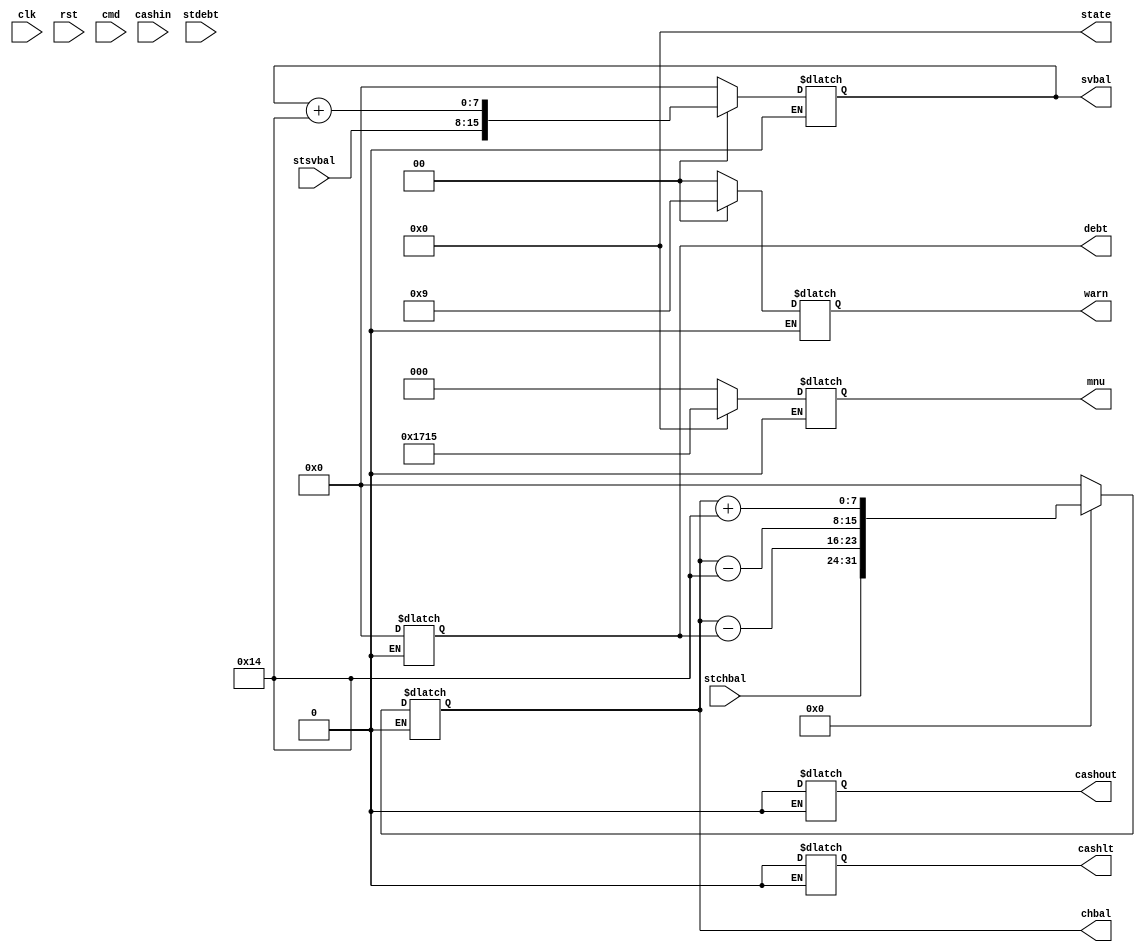
`timescale 1ns / 1ps

module ATMcontroller(clk, rst, cashin, cmd, stchbal, stsvbal,stdebt, state, cashout, cashlt, mnu, chbal, svbal, debt, warn);

input clk,rst,cashin;
input [2:0] cmd;
input [7:0] stchbal;
input [7:0] stsvbal;
input [7:0] stdebt;

output reg[4:0]state= 5'b00000;
output reg cashout;
output reg cashlt;
output reg[2:0]mnu;
output reg[7:0] chbal;
output reg[7:0] svbal;
output reg[7:0] debt;
output reg[1:0] warn;

reg [4:0] next;
reg [1:0] pm;

parameter off = 0; parameter login = 1; parameter ldsd = 2;
parameter main = 3; parameter mm = 4; parameter cm = 5;
parameter sbal=6; parameter pyd = 7; parameter pyd2 = 8;
parameter txs = 9; parameter txs1 = 10; parameter txs2 = 11;
parameter ovr = 12; parameter fl4 = 13; parameter fl3 = 14;
parameter fl2 = 15; parameter fl1 = 16; parameter insf = 17;
parameter cwd = 18; parameter  cwd1 = 19; parameter cwd2 = 20;
parameter cdp = 21; parameter cdp1 = 22; parameter cdp2 = 23;

always @ (posedge clk) begin
    state = next;
end

always @ (state,cmd ) 
    case (state)
        off: begin 
                if (cmd == 3'b111) next = login;
                else next = off;
            end
        login:  begin
                    if (cmd == 3'b100) next = off;
                    else if(cmd == 3'b111) next = ldsd;
                    else next = login;
                end
        ldsd: begin
                next = main;
              end
        main: begin
                if (cmd == 3'b100) next = mm;
                else if (cmd == 3'b101) next = cm; 
                else if( cmd == 3'b111) next = off;
                else next = main;
              end
        mm: begin
                if (cmd == 3'b110) next = pyd;
                else if(cmd == 3'b101) next = txs;
                else if (cmd== 3'b100) next = sbal;
                else next = mm;
             end
         cm: begin
                if (cmd==3'b100) next = sbal;
                else if(cmd==3'b101) next = cdp;
                else if(cmd==3'b110) next=cwd;
                else next = cm;
             end
         sbal: begin
                if (cmd== 3'b111 & pm == 1) next = mm;
                else if(cmd==3'b111 & pm == 2) next = cm;
                else next = sbal;
               end
         pyd: begin
                if (chbal<(debt+20)) next  = insf;
                else if (chbal >= (debt+20)) next  = pyd2;
              end
         pyd2: begin
                next = mm;
               end
         txs: begin
                if (chbal >= 40) next = txs1;
                else if (chbal <40) next = insf;
              end
         txs1: begin
                if ( svbal <= 220 ) next = txs2;
                else if (svbal>220) next = ovr;
               end
         txs2: next = mm;
         ovr: next = fl4;
         fl4: next = fl3;
         fl3: next = fl2;
         fl2: next = fl1;
         fl1: next = sbal;
         insf: next = fl2;
         cwd: begin
                if ( chbal>20) next = cwd1;
                else if( chbal <= 20) next = insf;
              end
         cwd1: next = cwd2;
         cwd2: next = cm;
         cdp: begin
                if (chbal<=220) next = cdp1;
                else if (chbal>220) next = ovr;
              end
         cdp1: begin
                if (cashin) next  = cdp2;
                else if (~cashin) next = cdp1;
               end
         cdp2: next = cm;
       endcase
 always @ (state) 
    case (state)
        off: begin
                state = 5'b00000; 
                cashout = 0;
                mnu = 0;
                chbal = 0;
                svbal = 0;
                debt = 0;
                warn = 0;
                cashlt=0;
             end
        login:  mnu = 1;
        ldsd: begin
                chbal = stchbal;
                svbal = stsvbal;
                debt = stdebt;
              end
        main: mnu = 3;
        mm: begin
                mnu = 4;
                pm = 1;
                warn = 0;
                cashlt = 0;
             end
         pyd2: begin
                chbal = chbal-debt;
                debt = 0;
               end
         txs2: begin
                svbal = svbal + 20;
                chbal = chbal -20;
               end
         ovr: begin
                warn = 2'b10;
                cashlt=1;
              end
         fl4: cashlt=0;
         fl3: cashlt=1;
         fl2: cashlt = 0;
         fl1: cashlt=1;
         insf: begin
                warn = 2'b01;
                cashlt=1;
               end
         sbal: begin
                mnu=2;
                cashlt=0;
               end
         cm: begin
                mnu = 5;
                pm = 2;
                warn = 0;
                cashlt = 0;
              end
         cwd1: begin
                chbal = chbal-20;
                cashout = 1;
                cashlt = 1;
               end
         cwd2: begin
                cashout = 0;
                cashlt = 1;
               end
         cdp1: cashlt=1;
         cdp2: begin
                cashlt = 0;
                chbal = chbal+20;
               end
         endcase
endmodule